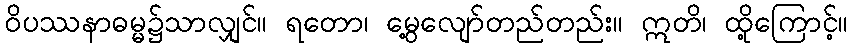
ဝိပဿနာဓမ္မ၌သာလျှင်။ ရတော၊ မွေ့လျော်တည်တည်း။ ဣတိ၊ ထို့ကြောင့်။